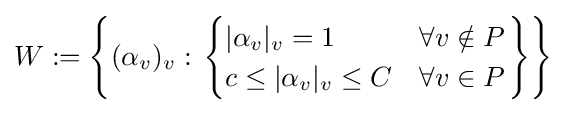
W:=\left\{(\alpha _{v})_{v}:\left.{\begin{cases}|\alpha _{v}|_{v}=1&\forall v\notin P\\c\leq |\alpha _{v}|_{v}\leq C&\forall v\in P\end{cases}}\right\}\right\}